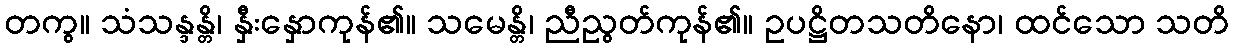
တကွ။ သံသန္ဒန္တိ၊ နှီးနှောကုန်၏။ သမေန္တိ၊ ညီညွတ်ကုန်၏။ ဥပဋ္ဌိတသတိနော၊ ထင်သော သတိ